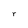
Character: r